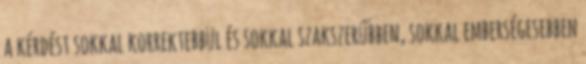
a kérdést sokkal korrektebbül és sokkal szakszerűbben, sokkal emberségesebben